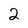
Character: 2